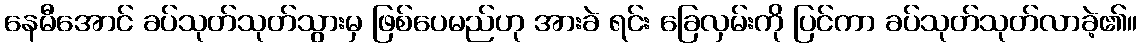
နေမီအောင် ခပ်သုတ်သုတ်သွားမှ ဖြစ်ပေမည်ဟု အားခဲ ရင်း ခြေလှမ်းကို ပြင်ကာ ခပ်သုတ်သုတ်လာခဲ့၏။